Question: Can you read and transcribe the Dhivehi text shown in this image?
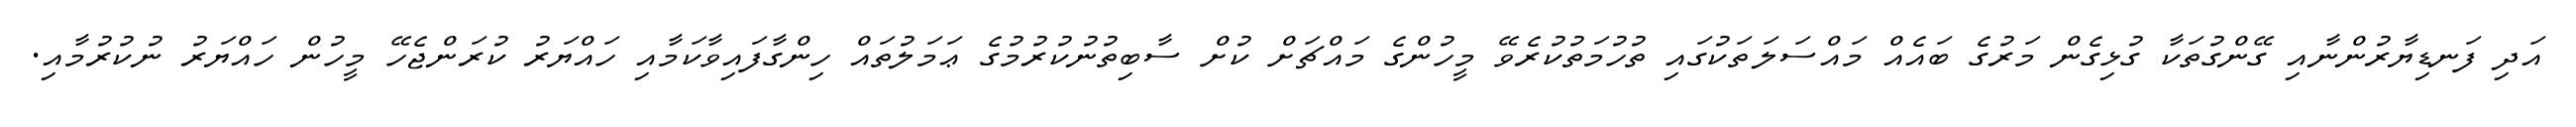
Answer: އަދި ފަނޑިޔާރުންނާއި ގޭންގުތަކާ ގުޅިގެން މަރުގެ ބައެއް މައްސަލަތަކުގައި ތުހުމަތުކުރެވޭ މީހުންގެ މައްޗަށް ކުށް ސާބިތުނުކުރުމުގެ ޢަމަލުތައް ހިންގާފައިވާކަމާއި ހައްޔަރު ކުރަންޖެހޭ މީހުން ހައްޔަރު ނުކުރުމާއި.